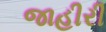
જાહીરી